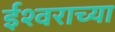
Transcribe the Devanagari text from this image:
ईश्‍वराच्या